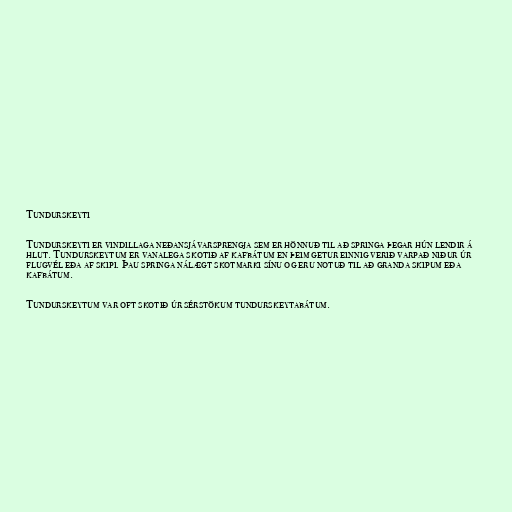
Tundurskeyti

Tundurskeyti er vindillaga neðansjávarsprengja sem er hönnuð til að springa þegar hún lendir á
hlut. Tundurskeytum er vanalega skotið af kafbátum en þeim getur einnig verið varpað niður úr
flugvél eða af skipi. Þau springa nálægt skotmarki sínu og eru notuð til að granda skipum eða
kafbátum.

Tundurskeytum var oft skotið úr sérstökum tundurskeytabátum.